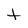
Character: t